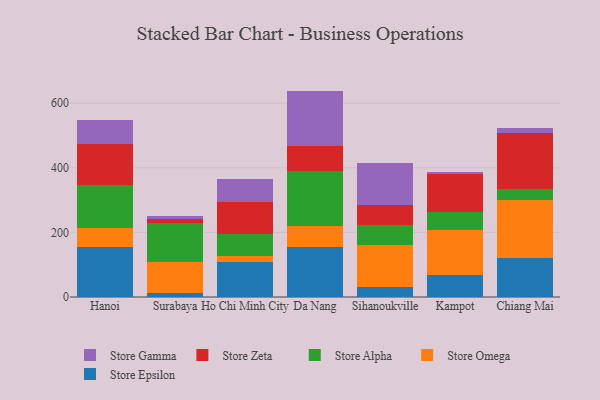
{"axis": {"x": "City", "y": "Shipments"}, "legend": ["Store Alpha", "Store Epsilon", "Store Gamma", "Store Omega", "Store Zeta"], "data": [{"x": "Hanoi", "y": 155.1, "type": "Store Epsilon"}, {"x": "Hanoi", "y": 59.2, "type": "Store Omega"}, {"x": "Hanoi", "y": 133.2, "type": "Store Alpha"}, {"x": "Hanoi", "y": 125.1, "type": "Store Zeta"}, {"x": "Hanoi", "y": 74.6, "type": "Store Gamma"}, {"x": "Surabaya", "y": 11.8, "type": "Store Epsilon"}, {"x": "Surabaya", "y": 95.4, "type": "Store Omega"}, {"x": "Surabaya", "y": 121.1, "type": "Store Alpha"}, {"x": "Surabaya", "y": 14.2, "type": "Store Zeta"}, {"x": "Surabaya", "y": 8.3, "type": "Store Gamma"}, {"x": "Ho Chi Minh City", "y": 108.0, "type": "Store Epsilon"}, {"x": "Ho Chi Minh City", "y": 19.1, "type": "Store Omega"}, {"x": "Ho Chi Minh City", "y": 68.2, "type": "Store Alpha"}, {"x": "Ho Chi Minh City", "y": 98.0, "type": "Store Zeta"}, {"x": "Ho Chi Minh City", "y": 72.9, "type": "Store Gamma"}, {"x": "Da Nang", "y": 154.2, "type": "Store Epsilon"}, {"x": "Da Nang", "y": 66.1, "type": "Store Omega"}, {"x": "Da Nang", "y": 169.8, "type": "Store Alpha"}, {"x": "Da Nang", "y": 78.4, "type": "Store Zeta"}, {"x": "Da Nang", "y": 169.9, "type": "Store Gamma"}, {"x": "Sihanoukville", "y": 31.2, "type": "Store Epsilon"}, {"x": "Sihanoukville", "y": 129.6, "type": "Store Omega"}, {"x": "Sihanoukville", "y": 63.3, "type": "Store Alpha"}, {"x": "Sihanoukville", "y": 61.5, "type": "Store Zeta"}, {"x": "Sihanoukville", "y": 129.3, "type": "Store Gamma"}, {"x": "Kampot", "y": 69.0, "type": "Store Epsilon"}, {"x": "Kampot", "y": 139.4, "type": "Store Omega"}, {"x": "Kampot", "y": 55.1, "type": "Store Alpha"}, {"x": "Kampot", "y": 115.9, "type": "Store Zeta"}, {"x": "Kampot", "y": 8.0, "type": "Store Gamma"}, {"x": "Chiang Mai", "y": 120.2, "type": "Store Epsilon"}, {"x": "Chiang Mai", "y": 179.0, "type": "Store Omega"}, {"x": "Chiang Mai", "y": 34.6, "type": "Store Alpha"}, {"x": "Chiang Mai", "y": 174.0, "type": "Store Zeta"}, {"x": "Chiang Mai", "y": 15.6, "type": "Store Gamma"}]}